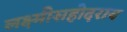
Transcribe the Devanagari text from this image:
लक्ष्मीसहोदराय